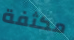
مكثفة